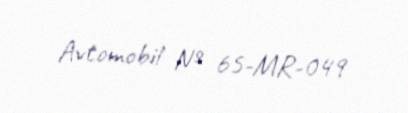
Avtomobil № 65-MR-049